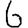
Digit: 6